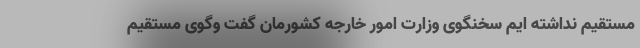
مستقیم نداشته ایم سخنگوی وزارت امور خارجه کشورمان گفت وگوی مستقیم